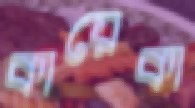
কায়েকা